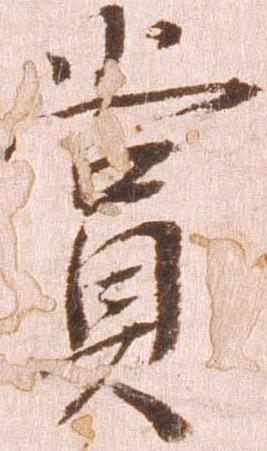
賞